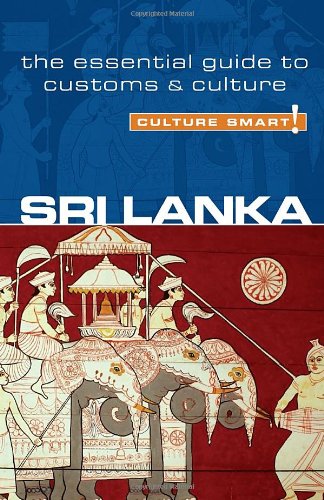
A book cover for Sri  Lanka - Culture Smart!: the essential guide to customs & culture; Emma Boyle; Travel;